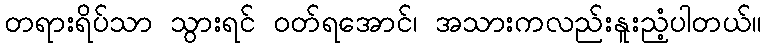
တရားရိပ်သာ သွားရင် ဝတ်ရအောင်၊ အသားကလည်းနူးညံ့ပါတယ်။